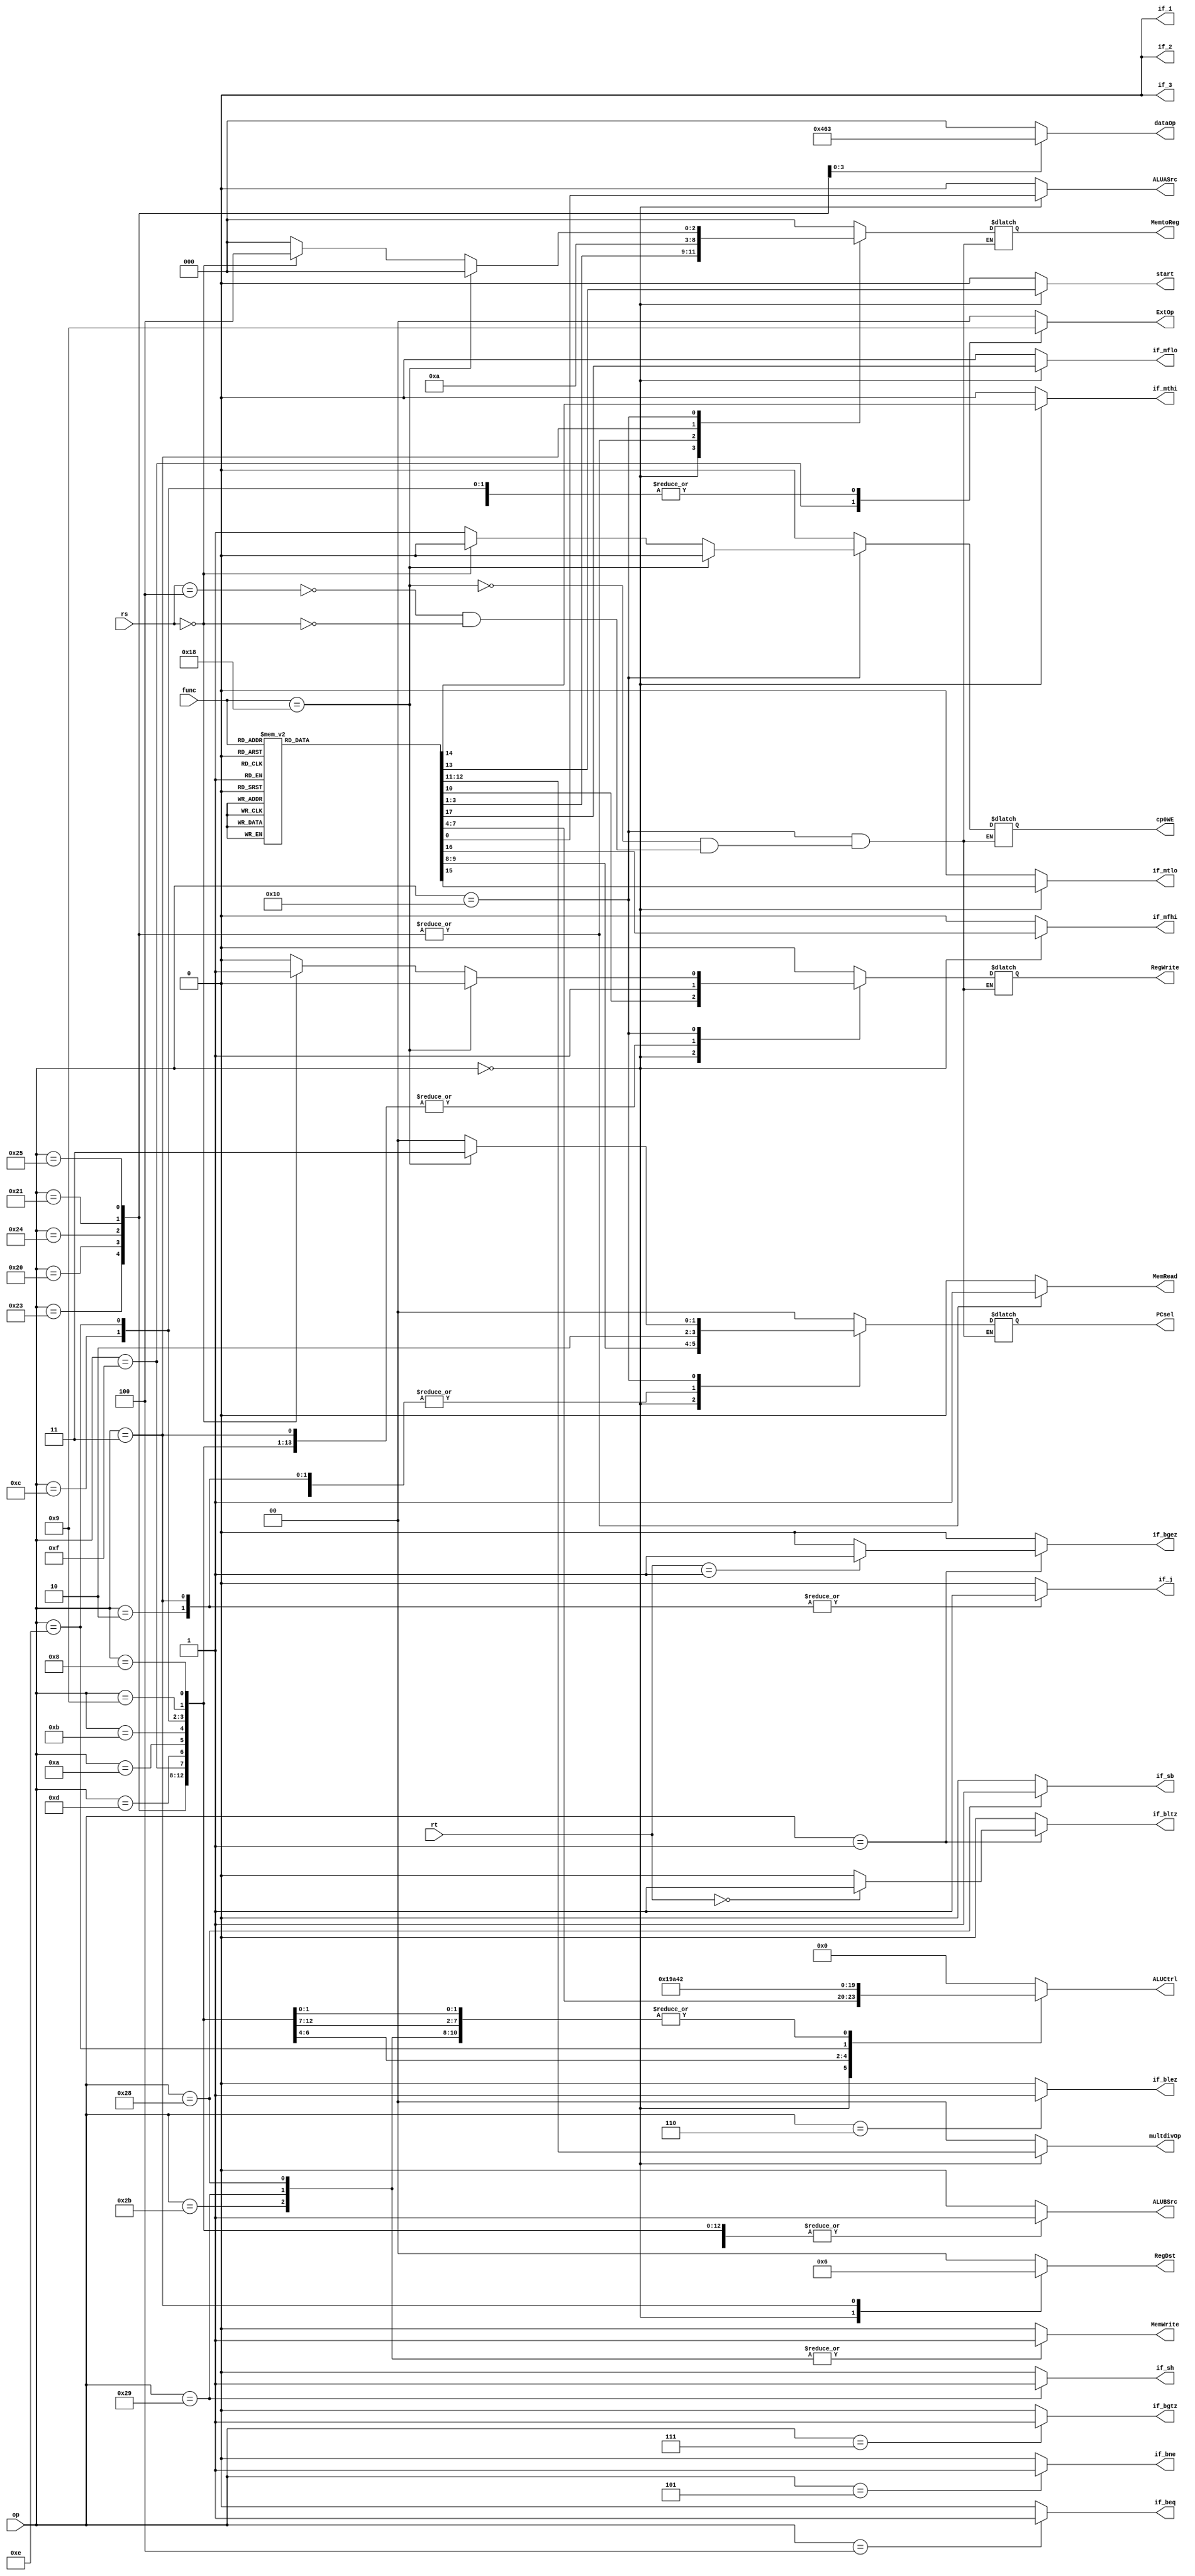
`timescale 1ns / 1ps
//////////////////////////////////////////////////////////////////////////////////
// Company: 
// Engineer: 
// 
// Design Name: 
// Module Name:    controller 
// Project Name: 
// Target Devices: 
// Tool versions: 
// Description: 
//
// Dependencies: 
//
// Revision: 
// Revision 0.01 - File Created
// Additional Comments: 
//
//////////////////////////////////////////////////////////////////////////////////
module controller(
	 input [5:0] op,
	 input [5:0] func,
	 input [4:0] rs,
	 input [4:0] rt,
    output reg[3:0] ALUCtrl,
    output reg[1:0] RegDst,
    output reg ALUASrc,
	 output reg ALUBSrc,
    output reg RegWrite,
    output reg MemRead,
    output reg MemWrite,
    output reg [2:0] MemtoReg,
    output reg [1:0]ExtOp,
    output reg if_beq,
	 output reg if_bne,
	 output reg if_blez,
	 output reg if_bgez,
	 output reg if_bltz,
	 output reg if_bgtz,
    output reg if_j,
	 output reg [1:0]PCsel,
	 output reg if_sh,
	 output reg if_sb,
	 output reg[2:0] dataOp,
	 output reg[1:0] multdivOp,
	 output reg start,
	 output reg if_mthi,
	 output reg if_mtlo,
	 output reg if_mfhi,
	 output reg if_mflo,
	 output reg if_1,
	 output reg if_2,
	 output reg if_3,
	 output reg cp0WE
    );
	 initial  begin
		PCsel <= 2'b00;
	 end
	always@(*) 
	begin
		case (op)
		6'b000000://R 
		begin
			RegDst<=2'b01;
			ALUBSrc<=0;
			MemRead<=0;
			MemWrite<=0;
			ExtOp<=2'b00;
			if_beq<=0;
			if_bne<=0;
			if_bgtz<=0;
			if_blez<=0;
			if_bgez<=0;
			if_bltz<=0;
			if_sh<=0;
			if_sb<=0;
			if_j<=0;
			dataOp<=3'b000;
			if_1<=0;
			if_2<=0;
			if_3<=0;
			cp0WE<=0;
			case(func)
				6'b100001: begin  //addu
					ALUASrc<=0;
					MemtoReg<=3'b000;
					ALUCtrl<=4'b0010;
					PCsel<=2'b00;	
					RegWrite<=1;
					multdivOp<=2'b00;
					start<=0;
					if_mthi<=0;
					if_mtlo<=0;
					if_mfhi<=0;
					if_mflo<=0;
				end
				6'b100000: begin  //add
					ALUASrc<=0;
					MemtoReg<=3'b000;
					ALUCtrl<=4'b0010;
					PCsel<=2'b00;
					RegWrite<=1;
					multdivOp<=2'b00;
					start<=0;
					if_mthi<=0;
					if_mtlo<=0;
					if_mfhi<=0;
					if_mflo<=0;
				end
				6'b100011: begin  //subu
					ALUASrc<=0;
					MemtoReg<=3'b000;
					ALUCtrl<=4'b0011;
					PCsel<=2'b00;
					RegWrite<=1;
					multdivOp<=2'b00;
					start<=0;
					if_mthi<=0;
					if_mtlo<=0;
					if_mfhi<=0;
					if_mflo<=0;
				end
				6'b100010: begin  //sub
					ALUASrc<=0;
					MemtoReg<=3'b000;
					ALUCtrl<=4'b0011;
					PCsel<=2'b00;
					RegWrite<=1;
					multdivOp<=2'b00;
					start<=0;
					if_mthi<=0;
					if_mtlo<=0;
					if_mfhi<=0;
					if_mflo<=0;
				end
				6'b100100: begin  //and
					ALUASrc<=0;
					MemtoReg<=3'b000;
					ALUCtrl<=4'b0000;
					PCsel<=2'b00;
					RegWrite<=1;
					multdivOp<=2'b00;
					start<=0;
					if_mthi<=0;
					if_mtlo<=0;
					if_mfhi<=0;
					if_mflo<=0;
				end
				6'b100101: begin  //or
					ALUASrc<=0;
					MemtoReg<=3'b000;
					ALUCtrl<=4'b0001;
					PCsel<=2'b00;
					RegWrite<=1;
					multdivOp<=2'b00;
					start<=0;
					if_mthi<=0;
					if_mtlo<=0;
					if_mfhi<=0;
					if_mflo<=0;
				end
				6'b100110: begin  //xor
					ALUASrc<=0;
					MemtoReg<=3'b000;
					ALUCtrl<=4'b0100;
					PCsel<=2'b00;
					RegWrite<=1;
					multdivOp<=2'b00;
					start<=0;
					if_mthi<=0;
					if_mtlo<=0;
					if_mfhi<=0;
					if_mflo<=0;
				end
				6'b100111: begin  //nor
					ALUASrc<=0;
					MemtoReg<=3'b000;
					ALUCtrl<=4'b0101;
					PCsel<=2'b00;
					RegWrite<=1;
					multdivOp<=2'b00;
					start<=0;
					if_mthi<=0;
					if_mtlo<=0;
					if_mfhi<=0;
					if_mflo<=0;
				end
				6'b001000: begin  //jr
					ALUASrc<=0;
					MemtoReg<=3'b000;
					ALUCtrl<=4'b0000;
					PCsel<=2'b01;
					RegWrite<=1;
					multdivOp<=2'b00;
					start<=0;
					if_mthi<=0;
					if_mtlo<=0;
					if_mfhi<=0;
					if_mflo<=0;
				end
				6'b001001: begin  //jalr
					ALUASrc<=0;
					MemtoReg<=3'b010;
					ALUCtrl<=4'b0000;
					PCsel<=2'b01;
					RegWrite<=1;
					multdivOp<=2'b00;
					start<=0;
					if_mthi<=0;
					if_mtlo<=0;
					if_mfhi<=0;
					if_mflo<=0;
				end
				6'b000000: begin  //sll nop
					ALUASrc<=1;
					MemtoReg<=3'b000;
					ALUCtrl<=4'b0110;
					PCsel<=2'b00;
					RegWrite<=1;
					multdivOp<=2'b00;
					start<=0;
					if_mthi<=0;
					if_mtlo<=0;
					if_mfhi<=0;
					if_mflo<=0;
				end
				6'b000100: begin  //sllv
					ALUASrc<=0;
					MemtoReg<=3'b000;
					ALUCtrl<=4'b0110;
					PCsel<=2'b00;
					RegWrite<=1;
					multdivOp<=2'b00;
					start<=0;
					if_mthi<=0;
					if_mtlo<=0;
					if_mfhi<=0;
					if_mflo<=0;
				end
				6'b000010: begin  //srl
					ALUASrc<=1;
					MemtoReg<=3'b000;
					ALUCtrl<=4'b0111;
					PCsel<=2'b00;
					RegWrite<=1;
					multdivOp<=2'b00;
					start<=0;
					if_mthi<=0;
					if_mtlo<=0;
					if_mfhi<=0;
					if_mflo<=0;
				end
				6'b000110: begin  //srlv
					ALUASrc<=0;
					MemtoReg<=3'b000;
					ALUCtrl<=4'b0111;
					PCsel<=2'b00;
					RegWrite<=1;
					multdivOp<=2'b00;
					start<=0;
					if_mthi<=0;
					if_mtlo<=0;
					if_mfhi<=0;
					if_mflo<=0;
				end
				6'b000011: begin  //sra
					ALUASrc<=1;
					MemtoReg<=3'b000;
					ALUCtrl<=4'b1000;
					PCsel<=2'b00;
					RegWrite<=1;
					multdivOp<=2'b00;
					start<=0;
					if_mthi<=0;
					if_mtlo<=0;
					if_mfhi<=0;
					if_mflo<=0;
				end
				6'b000111: begin  //srav
					ALUASrc<=0;
					MemtoReg<=3'b000;
					ALUCtrl<=4'b1000;
					PCsel<=2'b00;
					RegWrite<=1;
					multdivOp<=2'b00;
					start<=0;
					if_mthi<=0;
					if_mtlo<=0;
					if_mfhi<=0;
					if_mflo<=0;
				end
				6'b101010: begin  //slt
					ALUASrc<=0;
					MemtoReg<=3'b000;
					ALUCtrl<=4'b1001;
					PCsel<=2'b00;
					RegWrite<=1;
					multdivOp<=2'b00;
					start<=0;
					if_mthi<=0;
					if_mtlo<=0;
					if_mfhi<=0;
					if_mflo<=0;
				end
				6'b101011: begin  //sltu
					ALUASrc<=0;
					MemtoReg<=3'b000;
					ALUCtrl<=4'b1010;
					PCsel<=2'b00;
					RegWrite<=1;
					multdivOp<=2'b00;
					start<=0;
					if_mthi<=0;
					if_mtlo<=0;
					if_mfhi<=0;
					if_mflo<=0;
				end
				6'b011000: begin  //mult
					ALUASrc<=0;
					MemtoReg<=3'b000;
					ALUCtrl<=4'b0000;
					PCsel<=2'b00;
					RegWrite<=0;
					multdivOp<=2'b00;		
					start<=1;
					if_mthi<=0;
					if_mtlo<=0;
					if_mfhi<=0;
					if_mflo<=0;
				end
				6'b011001: begin  //multu
					ALUASrc<=0;
					MemtoReg<=3'b000;
					ALUCtrl<=4'b0000;
					PCsel<=2'b00;
					RegWrite<=0;	
					multdivOp<=2'b01;
					start<=1;
					if_mthi<=0;
					if_mtlo<=0;
					if_mfhi<=0;
					if_mflo<=0;
				end
				6'b011010: begin  //div
					ALUASrc<=0;
					MemtoReg<=3'b000;
					ALUCtrl<=4'b0000;
					PCsel<=2'b00;
					RegWrite<=0;
					multdivOp<=2'b10;		
					start<=1;
					if_mthi<=0;
					if_mtlo<=0;
					if_mfhi<=0;
					if_mflo<=0;
				end
				6'b011011: begin  //divu
					ALUASrc<=0;
					MemtoReg<=3'b000;
					ALUCtrl<=4'b0000;
					PCsel<=2'b00;
					RegWrite<=0;	
					multdivOp<=2'b11;
					start<=1;
					if_mthi<=0;
					if_mtlo<=0;
					if_mfhi<=0;
					if_mflo<=0;
				end
				6'b010000: begin  //mfhi
					ALUASrc<=0;
					MemtoReg<=3'b011;
					ALUCtrl<=4'b0000;
					PCsel<=2'b00;
					RegWrite<=1;
					multdivOp<=2'b00;		
					start<=0;
					if_mthi<=0;
					if_mtlo<=0;
					if_mfhi<=1;
					if_mflo<=0;
				end
				6'b010010: begin  //mflo
					ALUASrc<=0;
					MemtoReg<=3'b011;
					ALUCtrl<=4'b0000;
					PCsel<=2'b00;
					RegWrite<=1;	
					multdivOp<=2'b00;
					start<=0;
					if_mthi<=0;
					if_mtlo<=0;
					if_mfhi<=0;
					if_mflo<=1;
				end
				6'b010001: begin  //mthi
					ALUASrc<=0;
					MemtoReg<=3'b000;
					ALUCtrl<=4'b0000;
					PCsel<=2'b00;
					RegWrite<=0;
					multdivOp<=2'b00;		
					start<=0;
					if_mthi<=1;
					if_mtlo<=0;
					if_mfhi<=0;
					if_mflo<=0;
				end
				6'b010011: begin  //mtlo
					ALUASrc<=0;
					MemtoReg<=3'b000;
					ALUCtrl<=4'b0000;
					PCsel<=2'b00;
					RegWrite<=0;	
					multdivOp<=2'b00;
					start<=0;
					if_mthi<=0;
					if_mtlo<=1;
					if_mfhi<=0;
					if_mflo<=0;
				end
				default:  begin
					ALUASrc<=0;
					MemtoReg<=3'b000;
					ALUCtrl<=4'b0000;
					PCsel<=2'b00;
					RegWrite<=1;	
					multdivOp<=2'b00;
					start<=0;
					if_mthi<=0;
					if_mtlo<=0;
					if_mfhi<=0;
					if_mflo<=0;
					end
			endcase
		end
		6'b100011://lw
		begin
			RegDst<=2'b00;
			ALUASrc<=0;
			ALUBSrc<=1;
			RegWrite<=1;
			MemRead<=1;
			MemWrite<=0;
			MemtoReg<=3'b001;
			ExtOp<=2'b00;
			if_beq<=0;
			if_bne<=0;
			if_bgtz<=0;
			if_blez<=0;
			if_bgez<=0;
			if_bltz<=0;
			ALUCtrl<=4'b0010;
			if_j<=0;
			PCsel<=2'b00;
			if_sh<=0;
			if_sb<=0;
			dataOp<=3'b000;
			multdivOp<=2'b00;
			start<=0;
			if_mthi<=0;
			if_mtlo<=0;
			if_mfhi<=0;
			if_mflo<=0;
			if_1<=0;
			if_2<=0;
			if_3<=0;
			cp0WE<=0;
		end
		
		6'b100000://lb
		begin
			RegDst<=2'b00;
			ALUASrc<=0;
			ALUBSrc<=1;
			RegWrite<=1;
			MemRead<=1;
			MemWrite<=0;
			MemtoReg<=3'b001;
			ExtOp<=2'b00;
			if_beq<=0;
			if_bne<=0;
			if_bgtz<=0;
			if_blez<=0;
			if_bgez<=0;
			if_bltz<=0;
			ALUCtrl<=4'b0010;
			if_j<=0;
			PCsel<=2'b00;
			if_sh<=0;
			if_sb<=0;
			dataOp<=3'b010;
			multdivOp<=2'b00;
			start<=0;
			if_mthi<=0;
			if_mtlo<=0;
			if_mfhi<=0;
			if_mflo<=0;
			if_1<=0;
			if_2<=0;
			if_3<=0;
			cp0WE<=0;
		end
		
		6'b100100://lbu
		begin
			RegDst<=2'b00;
			ALUASrc<=0;
			ALUBSrc<=1;
			RegWrite<=1;
			MemRead<=1;
			MemWrite<=0;
			MemtoReg<=3'b001;
			ExtOp<=2'b00;
			if_beq<=0;
			if_bne<=0;
			if_bgtz<=0;
			if_blez<=0;
			if_bgez<=0;
			if_bltz<=0;
			ALUCtrl<=4'b0010;
			if_j<=0;
			PCsel<=2'b00;
			if_sh<=0;
			if_sb<=0;
			dataOp<=3'b001;
			multdivOp<=2'b00;
			start<=0;
			if_mthi<=0;
			if_mtlo<=0;
			if_mfhi<=0;
			if_mflo<=0;
			if_1<=0;
			if_2<=0;
			if_3<=0;
			cp0WE<=0;
		end
		
		6'b100001://lh
		begin
			RegDst<=2'b00;
			ALUASrc<=0;
			ALUBSrc<=1;
			RegWrite<=1;
			MemRead<=1;
			MemWrite<=0;
			MemtoReg<=3'b001;
			ExtOp<=2'b00;
			if_beq<=0;
			if_bne<=0;
			if_bgtz<=0;
			if_blez<=0;
			if_bgez<=0;
			if_bltz<=0;
			ALUCtrl<=4'b0010;
			if_j<=0;
			PCsel<=2'b00;
			if_sh<=0;
			if_sb<=0;
			dataOp<=3'b100;
			multdivOp<=2'b00;
			start<=0;
			if_mthi<=0;
			if_mtlo<=0;
			if_mfhi<=0;
			if_mflo<=0;
			if_1<=0;
			if_2<=0;
			if_3<=0;
			cp0WE<=0;
		end
		
		6'b100101://lhu
		begin
			RegDst<=2'b00;
			ALUASrc<=0;
			ALUBSrc<=1;
			RegWrite<=1;
			MemRead<=1;
			MemWrite<=0;
			MemtoReg<=3'b001;
			ExtOp<=2'b00;
			if_beq<=0;
			if_bne<=0;
			if_bgtz<=0;
			if_blez<=0;
			if_bgez<=0;
			if_bltz<=0;
			ALUCtrl<=4'b0010;
			if_j<=0;
			PCsel<=2'b00;
			if_sh<=0;
			if_sb<=0;
			dataOp<=3'b011;
			multdivOp<=2'b00;
			start<=0;
			if_mthi<=0;
			if_mtlo<=0;
			if_mfhi<=0;
			if_mflo<=0;
			if_1<=0;
			if_2<=0;
			if_3<=0;
			cp0WE<=0;
		end
		
		6'b101011://sw
		begin
			RegDst<=2'b00;
			ALUASrc<=0;
			ALUBSrc<=1;
			RegWrite<=0;
			MemRead<=0;
			MemWrite<=1;
			MemtoReg<=3'b000;
			ExtOp<=2'b00;
			if_beq<=0;
			if_bne<=0;
			if_bgtz<=0;
			if_blez<=0;
			if_bgez<=0;
			if_bltz<=0;
			ALUCtrl<=4'b0010;
			if_j<=0;
			PCsel<=2'b00;
			if_sh<=0;
			if_sb<=0;
			dataOp<=3'b000;
			multdivOp<=2'b00;
			start<=0;
			if_mthi<=0;
			if_mtlo<=0;
			if_mfhi<=0;
			if_mflo<=0;
			if_1<=0;
			if_2<=0;
			if_3<=0;
			cp0WE<=0;
		end
		
		6'b101001://sh
		begin
			RegDst<=2'b00;
			ALUASrc<=0;
			ALUBSrc<=1;
			RegWrite<=0;
			MemRead<=0;
			MemWrite<=1;
			MemtoReg<=3'b000;
			ExtOp<=2'b00;
			if_beq<=0;
			if_bne<=0;
			if_bgtz<=0;
			if_blez<=0;
			if_bgez<=0;
			if_bltz<=0;
			ALUCtrl<=4'b0010;
			if_j<=0;
			PCsel<=2'b00;
			if_sh<=1;
			if_sb<=0;
			dataOp<=3'b000;
			multdivOp<=2'b00;
			start<=0;
			if_mthi<=0;
			if_mtlo<=0;
			if_mfhi<=0;
			if_mflo<=0;
			if_1<=0;
			if_2<=0;
			if_3<=0;
			cp0WE<=0;
		end
		
		6'b101000://sb
		begin
			RegDst<=2'b00;
			ALUASrc<=0;
			ALUBSrc<=1;
			RegWrite<=0;
			MemRead<=0;
			MemWrite<=1;
			MemtoReg<=3'b000;
			ExtOp<=2'b00;
			if_beq<=0;
			if_bne<=0;
			if_bgtz<=0;
			if_blez<=0;
			if_bgez<=0;
			if_bltz<=0;
			ALUCtrl<=4'b0010;
			if_j<=0;
			PCsel<=2'b00;
			if_sh<=0;
			if_sb<=1;
			dataOp<=3'b000;
			multdivOp<=2'b00;
			start<=0;
			if_mthi<=0;
			if_mtlo<=0;
			if_mfhi<=0;
			if_mflo<=0;
			if_1<=0;
			if_2<=0;
			if_3<=0;
			cp0WE<=0;
		end
		
      6'b000100://beq
		begin
			RegDst<=2'b00;
			ALUASrc<=0;
			ALUBSrc<=0;
			RegWrite<=0;
			MemRead<=0;
			MemWrite<=0;
			MemtoReg<=3'b000;
			ExtOp<=2'b00;
			if_beq<=1;
			if_bne<=0;
			if_bgtz<=0;
			if_blez<=0;
			if_bgez<=0;
			if_bltz<=0;
			ALUCtrl<=4'b0000;
			if_j<=0;
			PCsel<=2'b10;
			if_sh<=0;
			if_sb<=0;
			dataOp<=3'b000;
			multdivOp<=2'b00;
			start<=0;	
			if_mthi<=0;
			if_mtlo<=0;
			if_mfhi<=0;
			if_mflo<=0;	
			if_1<=0;
			if_2<=0;
			if_3<=0;
			cp0WE<=0;			
		end
		
		6'b000101://bne
		begin
			RegDst<=2'b00;
			ALUASrc<=0;
			ALUBSrc<=0;
			RegWrite<=0;
			MemRead<=0;
			MemWrite<=0;
			MemtoReg<=3'b000;
			ExtOp<=2'b00;
			if_beq<=0;
			if_bne<=1;
			if_bgtz<=0;
			if_blez<=0;
			if_bgez<=0;
			if_bltz<=0;
			ALUCtrl<=4'b0000;
			if_j<=0;
			PCsel<=2'b10;
			if_sh<=0;
			if_sb<=0;
			dataOp<=3'b000;
			multdivOp<=2'b00;
			start<=0;
			if_mthi<=0;
			if_mtlo<=0;
			if_mfhi<=0;
			if_mflo<=0;
			if_1<=0;
			if_2<=0;
			if_3<=0;
			cp0WE<=0;
		end
 
		6'b000111://bgtz
		begin
			RegDst<=2'b00;
			ALUASrc<=0;
			ALUBSrc<=0;
			RegWrite<=0;
			MemRead<=0;
			MemWrite<=0;
			MemtoReg<=3'b000;
			ExtOp<=2'b00;
			if_beq<=0;
			if_bne<=0;
			if_bgtz<=1;
			if_blez<=0;
			if_bgez<=0;
			if_bltz<=0;
			ALUCtrl<=4'b0000;
			if_j<=0;
			PCsel<=2'b10;
			if_sh<=0;
			if_sb<=0;
			dataOp<=3'b000;
			multdivOp<=2'b00;
			start<=0;
			if_mthi<=0;
			if_mtlo<=0;
			if_mfhi<=0;
			if_mflo<=0;
			if_1<=0;
			if_2<=0;
			if_3<=0;
			cp0WE<=0;
		end
		
		6'b000110://blez
		begin
			RegDst<=2'b00;
			ALUASrc<=0;
			ALUBSrc<=0;
			RegWrite<=0;
			MemRead<=0;
			MemWrite<=0;
			MemtoReg<=3'b000;
			ExtOp<=2'b00;
			if_beq<=0;
			if_bne<=0;
			if_bgtz<=0;
			if_blez<=1;
			if_bgez<=0;
			if_bltz<=0;
			ALUCtrl<=4'b0000;
			if_j<=0;
			PCsel<=2'b10;
			if_sh<=0;
			if_sb<=0;
			dataOp<=3'b000;
			multdivOp<=2'b00;
			start<=0;
			if_mthi<=0;
			if_mtlo<=0;
			if_mfhi<=0;
			if_mflo<=0;
			if_1<=0;
			if_2<=0;
			if_3<=0;
			cp0WE<=0;
		end
		
		6'b000001://bgez/bltz
		begin
			RegDst<=2'b00;
			ALUASrc<=0;
			ALUBSrc<=0;
			RegWrite<=0;
			MemRead<=0;
			MemWrite<=0;
			MemtoReg<=3'b000;
			ExtOp<=2'b00;
			if_beq<=0;
			if_bne<=0;
			if_bgtz<=0;
			if_blez<=0;
			ALUCtrl<=4'b0000;
			if_j<=0;
			PCsel<=2'b10;
			if_sh<=0;
			if_sb<=0;
			dataOp<=3'b000;
			multdivOp<=2'b00;
			start<=0;
			if_mthi<=0;
			if_mtlo<=0;
			if_mfhi<=0;
			if_mflo<=0;
			if_1<=0;
			if_2<=0;
			if_3<=0;
			cp0WE<=0;
			case(rt) 
				5'b00001:begin//bgez
					if_bgez<=1;
					if_bltz<=0;
				end
				5'b00000:begin//bltz
					if_bgez<=0;
					if_bltz<=1;
				end
				default:begin
					if_bgez<=0;
					if_bltz<=0;
				end
			endcase
		end
		
      6'b001111://lui
		begin
			RegDst<=2'b00;
			ALUASrc<=0;
			ALUBSrc<=1;
			RegWrite<=1;
			MemRead<=0;
			MemWrite<=0;
			MemtoReg<=3'b000;
			ExtOp<=2'b10;
			if_beq<=0;
			if_bne<=0;
			if_bgtz<=0;
			if_blez<=0;
			if_bgez<=0;
			if_bltz<=0;
			ALUCtrl<=4'b0010;
			if_j<=0;
			PCsel<=2'b00;
			if_sh<=0;
			if_sb<=0;
			dataOp<=3'b000;
			multdivOp<=2'b00;
			start<=0;
			if_mthi<=0;
			if_mtlo<=0;
			if_mfhi<=0;
			if_mflo<=0;
			if_1<=0;
			if_2<=0;
			if_3<=0;
			cp0WE<=0;
		end

      6'b001101://ori
		begin
			RegDst<=2'b00;
			ALUASrc<=0;
			ALUBSrc<=1;
			RegWrite<=1;
			MemRead<=0;
			MemWrite<=0;
			MemtoReg<=3'b000;
			ExtOp<=2'b01;
			if_beq<=0;
			if_bne<=0;
			if_bgtz<=0;
			if_blez<=0;
			if_bgez<=0;
			if_bltz<=0;
			ALUCtrl<=4'b0001;
			if_j<=0;
			PCsel<=2'b00;
			if_sh<=0;
			if_sb<=0;
			dataOp<=3'b000;
			multdivOp<=2'b00;
			start<=0;
			if_mthi<=0;
			if_mtlo<=0;
			if_mfhi<=0;
			if_mflo<=0;
			if_1<=0;
			if_2<=0;
			if_3<=0;
			cp0WE<=0;
		end
		
		6'b001010://slti
		begin
			RegDst<=2'b00;
			ALUASrc<=0;
			ALUBSrc<=1;
			RegWrite<=1;
			MemRead<=0;
			MemWrite<=0;
			MemtoReg<=3'b000;
			ExtOp<=2'b00;
			if_beq<=0;
			if_bne<=0;
			if_bgtz<=0;
			if_blez<=0;
			if_bgez<=0;
			if_bltz<=0;
			ALUCtrl<=4'b1001;
			if_j<=0;
			PCsel<=2'b00;
			if_sh<=0;
			if_sb<=0;
			dataOp<=3'b000;
			multdivOp<=2'b00;
			start<=0;
			if_mthi<=0;
			if_mtlo<=0;
			if_mfhi<=0;
			if_mflo<=0;
			if_1<=0;
			if_2<=0;
			if_3<=0;
			cp0WE<=0;
		end
		
		6'b001011://sltiu
		begin
			RegDst<=2'b00;
			ALUASrc<=0;
			ALUBSrc<=1;
			RegWrite<=1;
			MemRead<=0;
			MemWrite<=0;
			MemtoReg<=3'b000;
			ExtOp<=2'b00;
			if_beq<=0;
			if_bne<=0;
			if_bgtz<=0;
			if_blez<=0;
			if_bgez<=0;
			if_bltz<=0;
			ALUCtrl<=4'b1010;
			if_j<=0;
			PCsel<=2'b00;
			if_sh<=0;
			if_sb<=0;
			dataOp<=3'b000;
			multdivOp<=2'b00;
			start<=0;
			if_mthi<=0;
			if_mtlo<=0;
			if_mfhi<=0;
			if_mflo<=0;
			if_1<=0;
			if_2<=0;
			if_3<=0;
			cp0WE<=0;
		end
		
		6'b001100://andi
		begin
			RegDst<=2'b00;
			ALUASrc<=0;
			ALUBSrc<=1;
			RegWrite<=1;
			MemRead<=0;
			MemWrite<=0;
			MemtoReg<=3'b000;
			ExtOp<=2'b01;
			if_beq<=0;
			if_bne<=0;
			if_bgtz<=0;
			if_blez<=0;
			if_bgez<=0;
			if_bltz<=0;
			ALUCtrl<=4'b0000;
			if_j<=0;
			PCsel<=2'b00;
			if_sh<=0;
			if_sb<=0;
			dataOp<=3'b000;
			multdivOp<=2'b00;
			start<=0;
			if_mthi<=0;
			if_mtlo<=0;
			if_mfhi<=0;
			if_mflo<=0;
			if_1<=0;
			if_2<=0;
			if_3<=0;
			cp0WE<=0;
		end
		
		6'b001110://xori
		begin
			RegDst<=2'b00;
			ALUASrc<=0;
			ALUBSrc<=1;
			RegWrite<=1;
			MemRead<=0;
			MemWrite<=0;
			MemtoReg<=3'b000;
			ExtOp<=2'b01;
			if_beq<=0;
			if_bne<=0;
			if_bgtz<=0;
			if_blez<=0;
			if_bgez<=0;
			if_bltz<=0;
			ALUCtrl<=4'b0100;
			if_j<=0;
			PCsel<=2'b00;
			if_sh<=0;
			if_sb<=0;
			dataOp<=3'b000;
			multdivOp<=2'b00;
			start<=0;
			if_mthi<=0;
			if_mtlo<=0;
			if_mfhi<=0;
			if_mflo<=0;
			if_1<=0;
			if_2<=0;
			if_3<=0;
			cp0WE<=0;
		end
		
		6'b001001://addiu
		begin
			RegDst<=2'b00;
			ALUASrc<=0;
			ALUBSrc<=1;
			RegWrite<=1;
			MemRead<=0;
			MemWrite<=0;
			MemtoReg<=3'b000;
			ExtOp<=2'b00;
			if_beq<=0;
			if_bne<=0;
			if_bgtz<=0;
			if_blez<=0;
			if_bgez<=0;
			if_bltz<=0;
			ALUCtrl<=4'b0010;
			if_j<=0;
			PCsel<=2'b00;
			if_sh<=0;
			if_sb<=0;
			dataOp<=3'b000;
			multdivOp<=2'b00;
			start<=0;
			if_mthi<=0;
			if_mtlo<=0;
			if_mfhi<=0;
			if_mflo<=0;
			if_1<=0;
			if_2<=0;
			if_3<=0;
			cp0WE<=0;
		end

		6'b001000://addi
		begin
			RegDst<=2'b00;
			ALUASrc<=0;
			ALUBSrc<=1;
			RegWrite<=1;
			MemRead<=0;
			MemWrite<=0;
			MemtoReg<=3'b000;
			ExtOp<=2'b00;
			if_beq<=0;
			if_bne<=0;
			if_bgtz<=0;
			if_blez<=0;
			if_bgez<=0;
			if_bltz<=0;
			ALUCtrl<=4'b0010;
			if_j<=0;
			PCsel<=2'b00;
			if_sh<=0;
			if_sb<=0;
			dataOp<=3'b000;
			multdivOp<=2'b00;
			start<=0;
			if_mthi<=0;
			if_mtlo<=0;
			if_mfhi<=0;
			if_mflo<=0;
			if_1<=0;
			if_2<=0;
			if_3<=0;
			cp0WE<=0;
		end
		
		6'b000011://jal
		begin
			RegDst<=2'b10;
			ALUASrc<=0;
			ALUBSrc<=0;
			RegWrite<=1;
			MemRead<=0;
			MemWrite<=0;
			MemtoReg<=3'b010;
			ExtOp<=2'b00;
			if_beq<=0;
			if_bne<=0;
			if_bgtz<=0;
			if_blez<=0;
			if_bgez<=0;
			if_bltz<=0;
			ALUCtrl<=4'b0000;
			if_j<=1;
			PCsel<=2'b10;	
			if_sh<=0;
			if_sb<=0;
			dataOp<=3'b000;
			multdivOp<=2'b00;
			start<=0;
			if_mthi<=0;
			if_mtlo<=0;
			if_mfhi<=0;
			if_mflo<=0;
			if_1<=0;
			if_2<=0;
			if_3<=0;
			cp0WE<=0;
		end
		
		6'b000010://j
		begin
			RegDst<=2'b00;
			ALUASrc<=0;
			ALUBSrc<=0;
			RegWrite<=0;
			MemRead<=0;
			MemWrite<=0;
			MemtoReg<=3'b000;
			ExtOp<=2'b00;
			if_beq<=0;
			if_bne<=0;
			if_bgtz<=0;
			if_blez<=0;
			if_bgez<=0;
			if_bltz<=0;
			ALUCtrl<=4'b0000;
			if_j<=1;
			PCsel<=2'b10;	
			if_sh<=0;
			if_sb<=0;
			dataOp<=3'b000;
			multdivOp<=2'b00;
			start<=0;
			if_mthi<=0;
			if_mtlo<=0;
			if_mfhi<=0;
			if_mflo<=0;
			if_1<=0;
			if_2<=0;
			if_3<=0;
			cp0WE<=0;
		end

		6'b010000:
		begin
			if_beq<=0;
			if_bne<=0;
			if_bgtz<=0;
			if_blez<=0;
			if_bgez<=0;
			if_bltz<=0;
			ExtOp<=2'b00;
			ALUCtrl<=4'b0000;
			ALUASrc<=0;
			ALUBSrc<=0;
			if_j<=0;
			MemRead<=0;
			MemWrite<=0;
			RegDst<=2'b00;
			if_sh<=0;
			if_sb<=0;
			dataOp<=3'b000;
			multdivOp<=2'b00;
			start<=0;
			if_mthi<=0;
			if_mtlo<=0;
			if_mfhi<=0;
			if_mflo<=0;
			if_1<=0;
			if_2<=0;
			if_3<=0;
			case(rs) 
				5'b00100: //mtc0
				begin
					RegWrite<=0;				
					MemtoReg<=3'b000;				
					PCsel<=2'b00;	
					cp0WE<=1;
				end
				5'b00000: //mfc0
				begin	
					RegWrite<=1;
					MemtoReg<=3'b100;			
					PCsel<=2'b00;		
					cp0WE<=0;
				end
				default:
				begin
				
				end
			endcase
			case(func)
				6'b011000://eret
				begin
					RegWrite<=0;
					MemtoReg<=3'b000;			
					PCsel<=2'b11;		
					cp0WE<=0;
				end
				default: begin
				
				end
			endcase
		end
		
		default: 
		begin
			RegDst<=2'b00;
			ALUASrc<=0;
			ALUBSrc<=0;
			RegWrite<=0;
			MemRead<=0;
			MemWrite<=0;
			MemtoReg<=3'b000;
			ExtOp<=2'b00;
			if_beq<=0;
			if_bne<=0;
			if_bgtz<=0;
			if_blez<=0;
			if_bgez<=0;
			if_bltz<=0;
			ALUCtrl<=4'b0000;
			if_j<=0;
			PCsel<=2'b00;	
			if_sh<=0;
			if_sb<=0;
			dataOp<=3'b000;
			multdivOp<=2'b00;
			start<=0;
			if_mthi<=0;
			if_mtlo<=0;
			if_mfhi<=0;
			if_mflo<=0;
			if_1<=0;
			if_2<=0;
			if_3<=0;
			cp0WE<=0;
		end
		endcase
	end	

endmodule